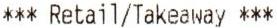
*** RETAIL/TAKEAWAY ***